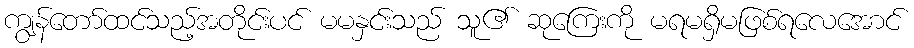
ကျွန်တော်ထင်သည့်အတိုင်းပင် မမနှင်းသည် သူ၏ ဆုကြေးကို မရမရှိမဖြစ်ရလေအောင်